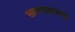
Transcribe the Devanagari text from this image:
सावरगावजवळ